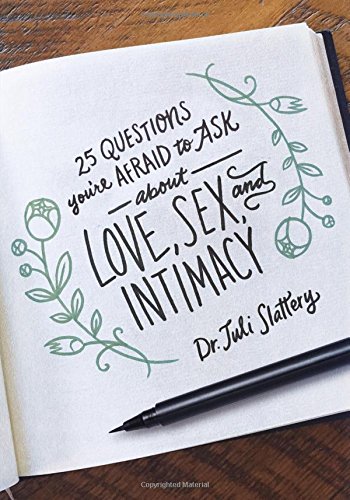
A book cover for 25 Questions You're Afraid to Ask About Love, Sex, and Intimacy; Juli Dr. Slattery; Christian Books & Bibles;